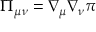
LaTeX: \Pi _ { \mu \nu } = \nabla _ { \mu } \nabla _ { \nu } \pi